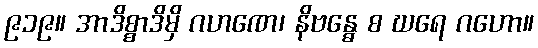
၉၁၉။ အာဒိစ္စာဒိမှိ ဂဟဏေ၊ နိဗန္ဓေ စ ဃရေ ဂဟော။